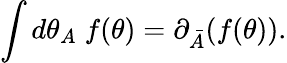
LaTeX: \int d\theta_{A}\; f(\theta)=\partial_{\bar{A}}(f(\theta)).